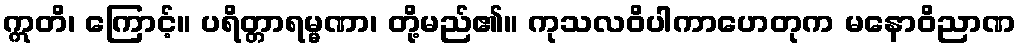
ဣတိ၊ ကြောင့်။ ပရိတ္တာရမ္မဏာ၊ တို့မည်၏။ ကုသလဝိပါကာဟေတုက မနောဝိညာဏ